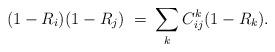
LaTeX: \begin{align*}(1 - R_i)(1 - R_j) \; = \;\sum_k C_{ij}^k (1 - R_k).\end{align*}